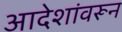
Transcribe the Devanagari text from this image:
आदेशांवरून